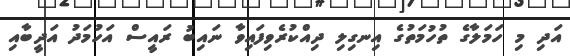
އަދި މި ހަމަލާގެ ތުހުމަތުގެ އިނގިލި ދިއްކުރެވިފައިވާ ނައިބު ރައީސް އަހުމަދު އަދީބާއި